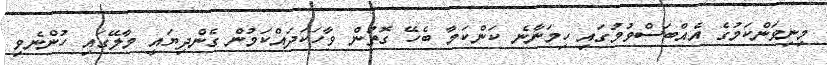
މިނިވަންކަމުގެ އެއްބަސްވުމުގައި ހިމަނާނެ ކަންކަމާ ބެހޭ ގޮތުން ވާހަކަދައްކަމުން ގެންދިޔައީ މާލޭގައި ހުންނެވި